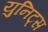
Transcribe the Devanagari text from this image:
युनिट्स